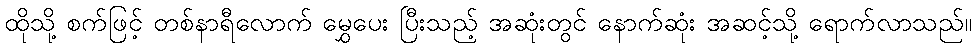
ထိုသို့ စက်ဖြင့် တစ်နာရီလောက် မွှေပေး ပြီးသည့် အဆုံးတွင် နောက်ဆုံး အဆင့်သို့ ရောက်လာသည်။